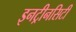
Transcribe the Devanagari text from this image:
इनट्रीनसिटी